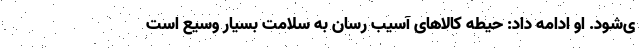
ی‌شود. او ادامه داد: حیطه کالاهای آسیب رسان به سلامت بسیار وسیع است